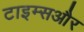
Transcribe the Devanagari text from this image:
टाइम्सऔर